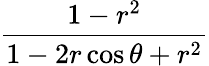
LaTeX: \frac{1-r^{2}}{1-2r\cos\theta+r^{2}}